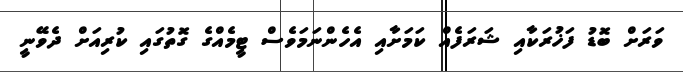
ވަރަށް ބޮޑު ފަޚުރަކާއި ޝަރަފެއް ކަމަށާއި އެހެންނަމަވެސް ޓީމެއްގެ ގޮތުގައި ކުރިއަށް ދެވޭނީ